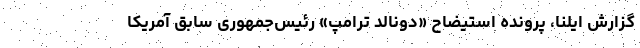
گزارش ایلنا، پرونده استیضاح «دونالد ترامپ» رئیس‌جمهوری سابق آمریکا